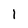
Character: 1